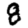
Digit: 8